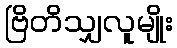
ဗြိတိသျှလူမျိုး